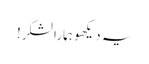
یہ دیکھو ہمارا لشکر!